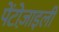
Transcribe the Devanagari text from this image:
पेंटोज़ाइली